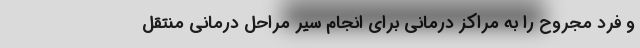
و فرد مجروح را به مراکز درمانی برای انجام سیر مراحل درمانی منتقل